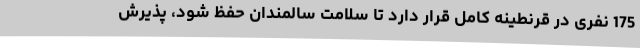
175 نفری در قرنطینه کامل قرار دارد تا سلامت سالمندان حفظ شود، پذیرش